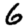
Digit: 6